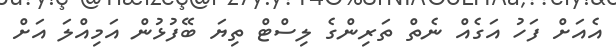
އެއަށް ފަހު އަގެއް ނެތް ތަރިންގެ ލިސްޓް ތިޔަ ބޭފުޅުން އަމިއްލަ އަށް